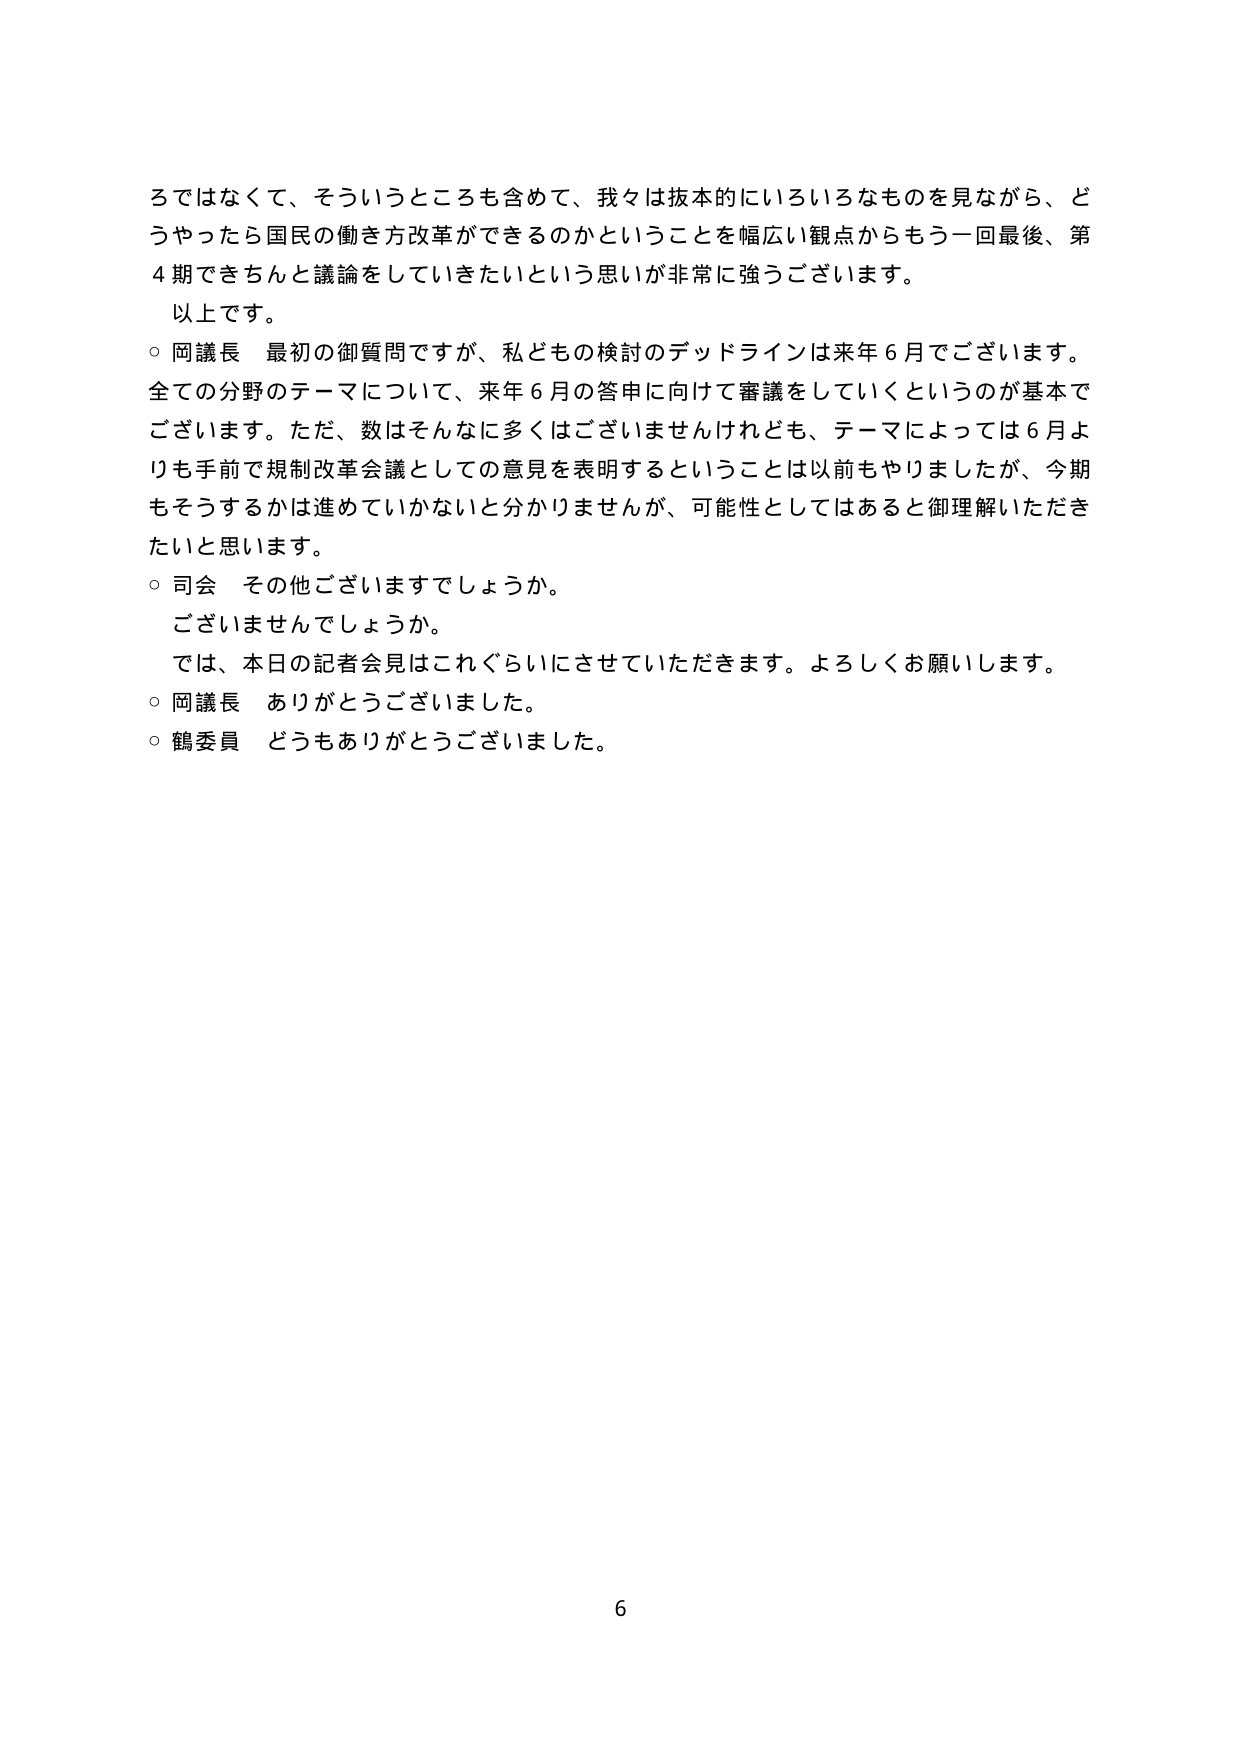
ろではなくて、そういうところも含めて、我々は抜本的にいろいろなものを見ながら、どうやったら国民の働き方改革ができるのかということを幅広い観点からもう一回最後、第4期できちんと議論をしていきたいという思いが非常に強うございます。
以上です。
○ 岡議長 最初の御質問ですが、私どもの検討のデッドラインは来年6月でございます。全ての分野のテーマについて、来年6月の答申に向けて審議をしていくというのが基本でございます。ただ、数はそんなに多くはございませんけれども、テーマによっては6月よりも手前で規制改革会議としての意見を表明するということは以前もやりましたが、今期もそうするかは進めていかないと分かりませんが、可能性としてはあると御理解いただきたいと思います。
○ 司会 その他ございますでしょうか。
ございませんでしょうか。
では、本日の記者会見はこれぐらいにさせていただきます。よろしくお願いします。
○ 岡議長 ありがとうございました。
○ 鶴委員 どうもありがとうございました。
6